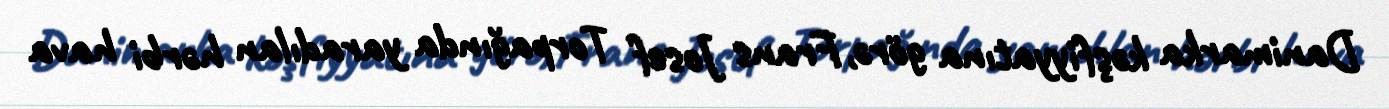
Danimarka kəşfiyyatına görə, Frans Josef Torpağında yaradılan hərbi hava